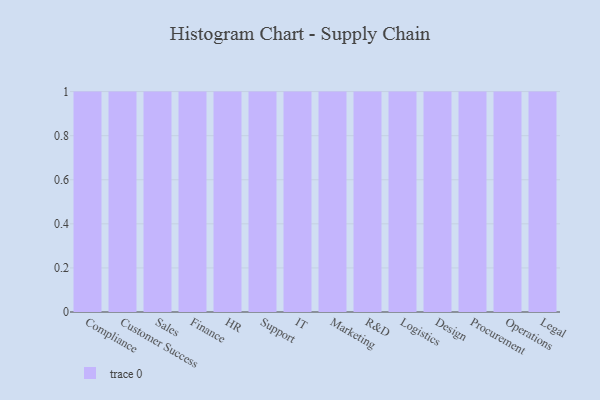
{"axis": {"x": "Department", "y": "Inventory Turnover"}, "legend": [""], "data": [{"x": "Compliance", "y": 67, "type": ""}, {"x": "Customer Success", "y": 82, "type": ""}, {"x": "Sales", "y": 36, "type": ""}, {"x": "Finance", "y": 99, "type": ""}, {"x": "HR", "y": 81, "type": ""}, {"x": "Support", "y": 40, "type": ""}, {"x": "IT", "y": 29, "type": ""}, {"x": "Marketing", "y": 44, "type": ""}, {"x": "R&D", "y": 89, "type": ""}, {"x": "Logistics", "y": 43, "type": ""}, {"x": "Design", "y": 44, "type": ""}, {"x": "Procurement", "y": 31, "type": ""}, {"x": "Operations", "y": 80, "type": ""}, {"x": "Legal", "y": 82, "type": ""}]}